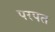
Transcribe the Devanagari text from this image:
परपत